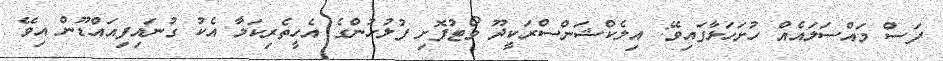
ފަސް މައްސަލައެއް ހުށަހަޅާފައިވޭ: އިލެކްޝަންސްރަކީދޫ ވޯޓުފޮށި ފުލުހުންގެ އެހީތެރިކަމާ އެކު ގުނައިފިއައްޑޫން އިވޭ